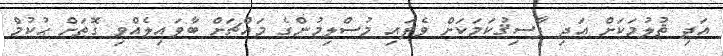
އަދި ޡުލުމަކަށް އަދި ފާސިޤުކަމަކަށް ވެފައި މުސްލިމުންގެ މައްޗަށް ބާވައިލެއްވި ގޮތަށް ޙުކުމް